Report on the working of the Ranchi Indian Mental Hospital, Kanke, in Bihar and Orissa - 1930-1940
Year: 1930
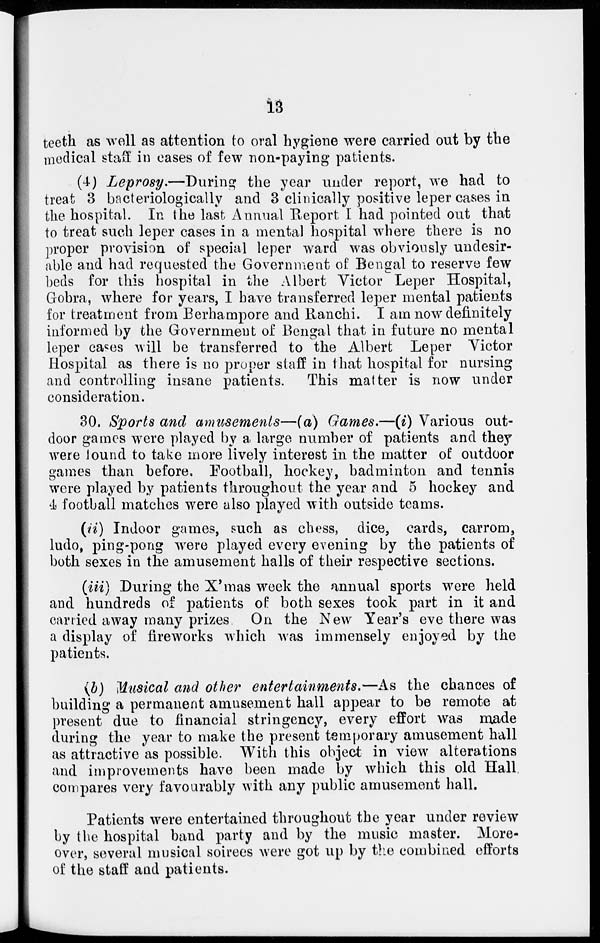
13
teeth as well as attention to oral hygiene were carried out by the
medical staff in cases of few non-paying patients.
(4) Leprosy.—During
the year under report, we had to
treat 3 bacteriologically and 3 clinically positive leper cases in
the hospital. In the last Annual Report I had pointed out that
to treat such leper cases in a mental hospital where there is no
proper provision of special leper ward was obviously undesir-
able and had requested the Government of Bengal to reserve few
beds for this hospital in the Albert Victor Leper Hospital,
Gobra, where for years, I have transferred leper mental patients
for treatment from Berhampore and Ranchi. I am now definitely
informed by the Government of Bengal that in future no mental
leper cases will be transferred to the Albert Leper Victor
Hospital as there is no proper staff in that hospital for nursing
and controlling insane patients.
This matter is now under
consideration.
30. Sports and amusements—(a)
Games.—(i) Various out-
door games were played by a large number of patients and they
were found to take more lively interest in the matter of outdoor
games than before. Football, hockey, badminton and tennis
were played by patients throughout the year and 5 hockey and
4 football matches were also played with outside teams.
(ii) Indoor games, such as chess, dice, cards, carrom,
ludo, ping-pong were played every evening by the patients of
both sexes in the amusement halls of their respective sections.
(iii) During the X'mas week the annual sports were held
and hundreds of patients of both sexes took part in it and
carried away many prizes On the New Year's eve there was
a display of fireworks which was immensely enjoyed by the
patients.
(b) Musical and other entertainments.—As
the chances of
building a permanent amusement hall appear to be remote at
present due to financial stringency, every effort was made
during the year to make the present temporary amusement hall
as attractive as possible. With this object in view alterations
and improvements have been made by which this old Hall
compares very favourably with any public amusement hall.
Patients were entertained throughout the year under review
by the hospital band party and by the music master. More-
over, several musical soirees were got up by the combined efforts
of the staff and patients.